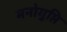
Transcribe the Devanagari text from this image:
मनोगुप्ति